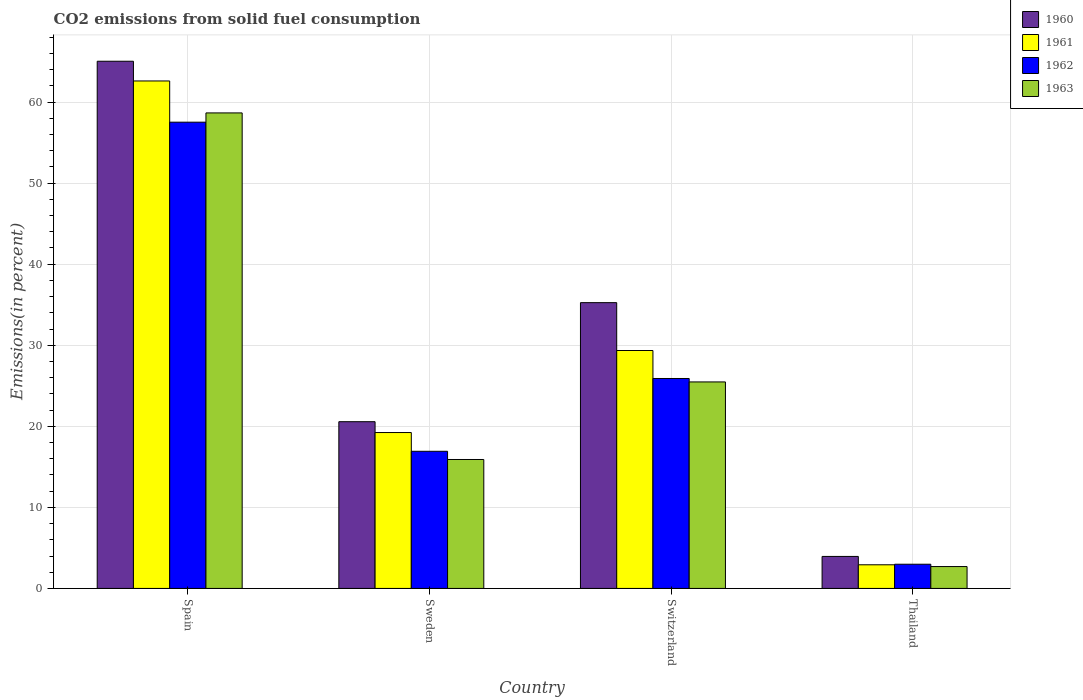
| Country | 1960 | 1961 | 1962 | 1963 |
 | --- | --- | --- | --- | --- |
 | Spain | 65 | 62.6 | 57.5 | 58.7 |
 | Sweden | 20.6 | 19.2 | 16.9 | 15.9 |
 | Switzerland | 35.3 | 29.4 | 25.9 | 25.5 |
 | Thailand | 3.95 | 2.92 | 2.99 | 2.7 |